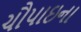
ચૌપાઇના